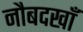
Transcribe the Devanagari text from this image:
नौबदखाँ